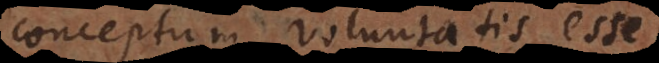
conceptum voluntatis esse